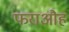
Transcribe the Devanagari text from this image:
फराऔह